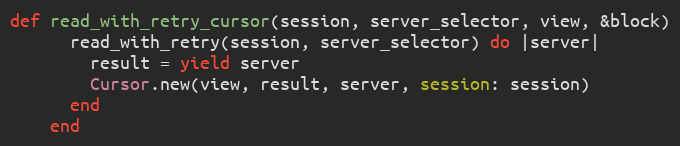
Language: Ruby
def read_with_retry_cursor(session, server_selector, view, &block)
      read_with_retry(session, server_selector) do |server|
        result = yield server
        Cursor.new(view, result, server, session: session)
      end
    end